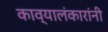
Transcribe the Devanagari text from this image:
काव्यालंकारांनी